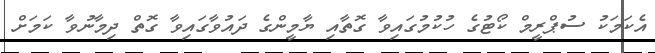
އެކަމަކު ސުޕްރީމް ކޯޓުގެ ހުކުމުގައިވާ ގޮތާއި ޔާމީންގެ ދައުވާގައިވާ ގޮތް ދިމާނުވާ ކަމަށް